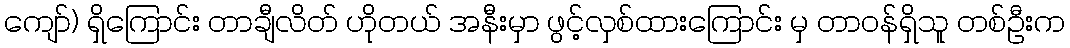
ကျော်) ရှိကြောင်း တာချီလိတ် ဟိုတယ် အနီးမှာ ဖွင့်လှစ်ထားကြောင်း မှ တာဝန်ရှိသူ တစ်ဦးက